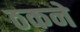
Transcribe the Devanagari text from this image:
ठकने